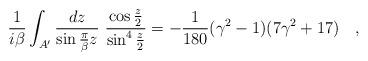
LaTeX: \begin{align*}{1 \over i\beta} \int_{A'}{dz \over \sin {\pi \over \beta} z}~ {\cos \frac z2\over \sin^4 \frac z2}=-{1 \over 180}(\gamma^2-1)(7\gamma^2+17)~~~,\end{align*}